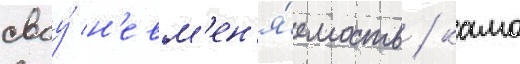
своу́ н'евм'ен'я́емость / камо